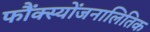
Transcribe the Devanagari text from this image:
फौंक्स्योंजनालितिक